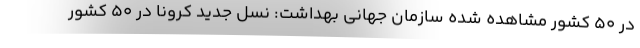
در ۵۰ کشور مشاهده شده سازمان جهانی بهداشت: نسل جدید کرونا در ۵۰ کشور